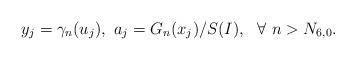
LaTeX: \begin{align*}y_j=\gamma_n(u_j),\ a_j=G_n(x_j)/S(I),\ \ \forall\ n>N_{6,0}.\end{align*}